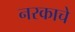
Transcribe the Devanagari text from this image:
नरकाचे